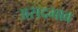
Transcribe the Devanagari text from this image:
असदभाव